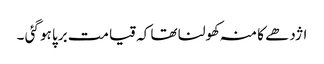
اژدھے کا منہ کھولنا تھا کہ قیامت برپا ہو گئی ۔